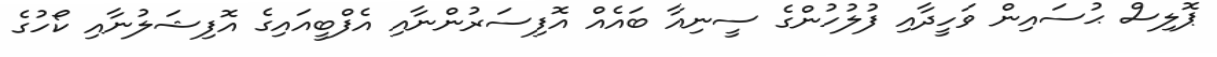
ޕޮލިސް ޙުސައިން ވަހީދާއި ފުލުހުންގެ ސީނިއާ ބައެއް އޮފިސަރުންނާއި އެފްބީއައިގެ އޮފިޝަލުނާއި ކޯހުގެ